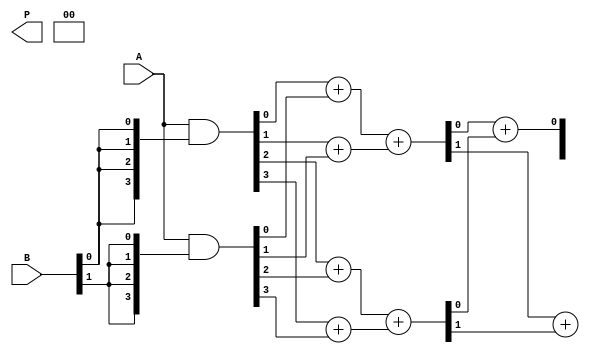
module WallaceTreeMultiplier (
    input [3:0] A, // First operand
    input [3:0] B, // Second operand
    output reg [7:0] P // Product output
);
    wire [3:0] pp [3:0]; // Partial products
    wire [7:0] sum [3:0]; // Sums at each stage
    wire [3:0] carry [3:0]; // Carries at each stage

    // Generate partial products
    assign pp[0] = A & {4{B[0]}};
    assign pp[1] = A & {4{B[1]}};
    assign pp[2] = A & {4{B[2]}};
    assign pp[3] = A & {4{B[3]}};

    // Stage 1: Half Adders and Full Adders
    // Combine pp[0] and pp[1]
    assign {carry[0][0], sum[0][0]} = pp[0][0] + pp[1][0]; // HA
    assign {carry[0][1], sum[0][1]} = pp[0][1] + pp[1][1]; // HA
    assign {carry[0][2], sum[0][2]} = pp[0][2] + pp[1][2]; // HA
    assign {carry[0][3], sum[0][3]} = pp[0][3] + pp[1][3]; // HA

    // Combine pp[2] and pp[3]
    assign {carry[0][4], sum[0][4]} = pp[2][0] + pp[3][0]; // HA
    assign {carry[0][5], sum[0][5]} = pp[2][1] + pp[3][1]; // HA
    assign {carry[0][6], sum[0][6]} = pp[2][2] + pp[3][2]; // HA
    assign {carry[0][7], sum[0][7]} = pp[2][3] + pp[3][3]; // HA

    // Stage 2: Full Adders to combine results
    assign {carry[1][0], sum[1][0]} = {carry[0][0], sum[0][0]} + {carry[0][1], sum[0][1]}; // FA
    assign {carry[1][1], sum[1][1]} = {carry[0][2], sum[0][2]} + {carry[0][3], sum[0][3]}; // FA
    assign {carry[1][2], sum[1][2]} = {carry[0][4], sum[0][4]} + {carry[0][5], sum[0][5]}; // FA
    assign {carry[1][3], sum[1][3]} = {carry[0][6], sum[0][6]} + {carry[0][7], sum[0][7]}; // FA

    // Stage 3: Final addition
    assign {carry[2][0], P[0]} = {carry[1][0], sum[1][0]} + {carry[1][1], sum[1][1]}; // FA
    assign {carry[2][1], P[1]} = {carry[1][2], sum[1][2]} + {carry[1][3], sum[1][3]}; // FA
    assign {carry[2][2], P[2]} = carry[1][0] + carry[1][1]; // Final carry
    assign {carry[2][3], P[3]} = carry[1][2] + carry[1][3]; // Final carry

    // Final product assembly
    assign P[4] = carry[2][2];
    assign P[5] = carry[2][3];
    assign P[6] = 0; // Unused bits
    assign P[7] = 0; // Unused bits

endmodule